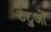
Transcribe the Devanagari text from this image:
टेटुओं